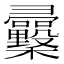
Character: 𢑿